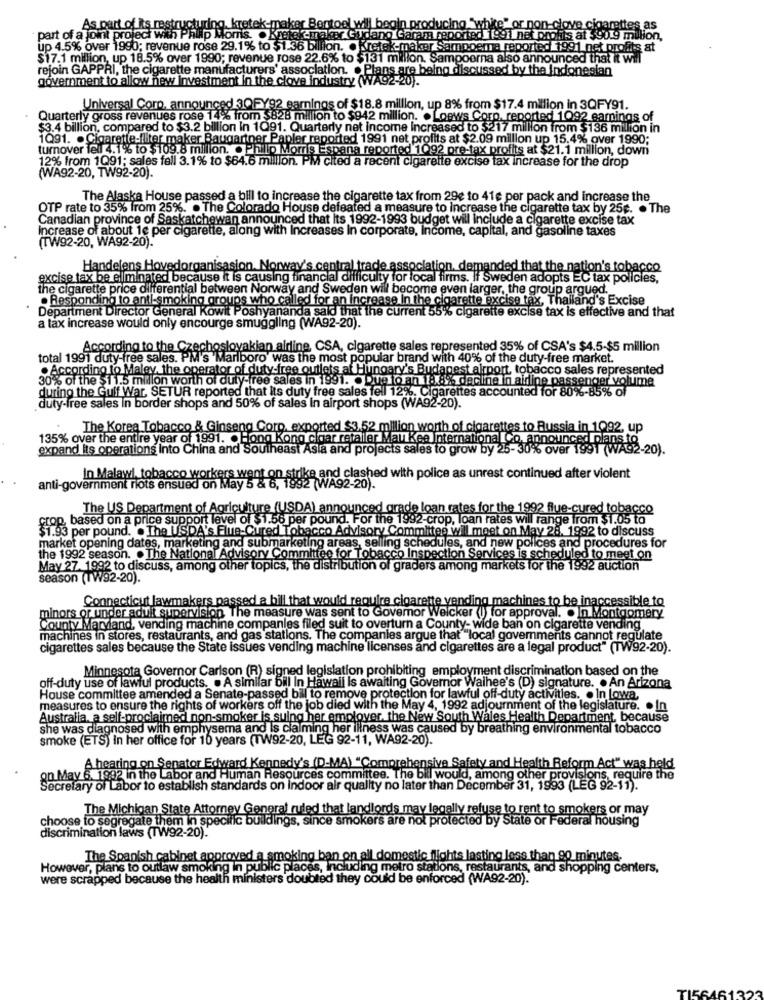
As part of its
ing "wh
or non-clove cigarettes as
part of a joint project with
cmaker Gudang Garam reported 1991 netprofits at $90.9 million,
up 4.5% over 1990; revenue rose 29.1% to $1.36 billion. . Kretek-maker Sampoema reported 1991 net profits at
$17.1 million, up 18.5% over 1990; revenue rose 22.6% to $131 million. Sampoerna also announced that it will
rejoin GAPPRI, the cigarette manufacturers' association. . Plans are being discussed by the indonesian
government to allow new Investment in the clove industry (WA92-20).
Universal Coro, announ
3QFY92 earnings of $18.8 million, up 8% from $17.4 million in 3QFY91.
Quarterly gross revenues rose 14% from $828 million to $942 million. . Loews Corp, reported 1092 gamings of
$3.4 billion, compared to $3.2 billion In 1Q91. Quarterly net income Increased to $217 million from $136 million in
1Q91. . Cigarette-filter maker Baugartner Papler reported 1991 net profits at $2.09 million up 15.4% over 1990;
turnover fel 4.1% to $109.8 milion. . Philip Morris Espana reported 1092 pre-tax profits at $21.1 million, down
12% from 1Q91; sales fell 3.1% to $64.6 million. PM cited a recent cigarette excise tax increase for the drop
(WA92-20, TW92-20).
The Alaska House passed a bill to increase the cigarette tax from 29e to 41e per pack and increase the
OTP rate to 35% from 25%. . The Colorado House defeated a measure to Increase the cigarette tax by 25g. . The
Canadian province of Saskatchewan announced that Its 1992-1993 budget will include a cigarette excise tax
increase of about 1c per cigarette, along with Increases In corporate, Income, capital, and gasoline taxes
(TW92-20, WA92-20).
Handelens Hovedorganisasjon. Norway's central trade association, demanded that the nation's tobacco
excise tax be eliminated because it is causing financial difficulty for local firms. If Sweden adopts EC tax policies,
the cigarette price differential between Norway and Sweden will become even larger, the group argued.
. Responding to anti-smoking groups who called for an Increase In the cigarette excise tax, Thailand's Excise
Department Director General Kowit Poshyananda said that the current 55% cigarette excise tax is effective and that
a tax increase would only encourge smuggling (WA92-20).
slovakian airline CSA, cigarette sales represented 35% of CSA's $4.5-$5 million
total 1991 duty-free sales. PM's"Marlboro' was the most popular brand with 40% of the duty-free market.
According to the Czechoslo
. According to Maley, the operator of duty-free outlets af Hungary's Budapest airport, tobacco sales represented
30% of the $11.5 million worth of duty-free sales in 1991. . Que lo an 18.8% decine in aidine passenger volume
during the Gulf War. SETUR reported that Its duty free sales fell 12%. Cigarettes accounted for 80%-85% of
duty-free sales In border shops and 50% of sales In airport shops (WA92-20).
The Korea Tobacco & Ginseng Corp, exported $3.52 million worth of cigarettes to Russia in 1Q92, up
135% over the entire year of 1991. . Hong Kong cigar retailer Mau Kee International Co, announced plans ig
expand Its operations Into China and Southeast Asia and projects sales to grow by 25-30% over 1991 (WA92-20).
In Malawi, tobacco workers went on strike and clashed with police as unrest continued after violent
anti-government riots ensued on May 5 & 6, 1992 (WA92-20).
The US Department of Agriculture (USDA) announced orade loan rates for the 1992 flue-cured tobacco
top, based on a price support level of $1.56 per pound. For the 1992-crop, loan rates will range from $1.05 to
$1.93 per pound. . The USDA's Flue-Cured Tobacco Advisory Committee will meet on May 28. 1992 to discuss
market opening dates, marketing and submarketing areas, selling schedules, and new polices and procedures for
the 1992 season. . The National Advisory Committee for Tobacco Inspection Services is scheduled to meet on
May 27. 1992 to discuss, among other topics, the distribution of graders among markets for the 1992 auction
season (TW92-20).
Connecticut lawmakers passed a bill that would require cigarette vending machines to be inaccessible to
minors or under adult supervision The measure was sent to Governor Welcker () for approval. . In Montgomery
County Maryland, vending machine companies filed suit to overturn a County- wide ban on cigarette vending
machines in stores, restaurants, and gas stations. The companies argue that"local governments cannot regulate
cigarettes sales because the State issues vending machine licenses and cigarettes are a legal product" (TW92-20).
Minnesota Governor Carlson (R) signed legislation prohibiting employment discrimination based on the
off-duty use of lawful products. . A similar bill In Hawaii Is awaiting Governor Waihee's (D) signature. . An Arizona
House committee amended a Senate-passed bill to remove protection for lawful off-duty activities. . In Lowa,
measures to ensure the rights of workers off the job died with the May 4, 1992 adjournment of the legislature. . In
Australia, a self-proclaimed non-smoker is suing her employer. the New South Wales Health Department, because
she was diagnosed with emphysema and is claiming her illness was caused by breathing environmental tobacco
smoke (ETS) In her office for 10 years (TW92-20, LEG 92-11, WA92-20).
on May S leading on Senator Edward Kennedy's (D-MA) "Comprehensive Safety and Health Reform Act" was held
1992 in the Labor and Human Resources committee. The bill would, among other provisions, require the
Secretary of Labor to establish standards on indoor air quality no later than December 31, 1993 (LEG 92-11).
The Michigan State Attorney General ruled that landlords may legally refuse to rent to smokers or may
choose to segregate them in specific buildings, since smokers are not protected by State or Federal housing
discrimination laws (TW92-20).
The Spanish cabinet approved a smoking ban on all domestic flights lasting less than 90 minutes.
However, plans to outlaw smoking in public places, Including metro stations, restaurants, and shopping centers,
were scrapped because the health ministers doubted they could be enforced (WA92-20).
322
TI56461